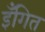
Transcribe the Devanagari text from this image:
इँगित